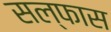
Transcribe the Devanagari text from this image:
सल्फास